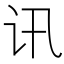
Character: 讯